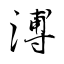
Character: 溥